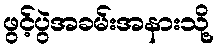
ဖွင့်ပွဲအခမ်းအနားသို့